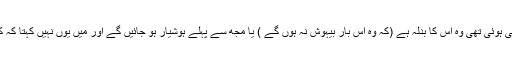
اب معلوم نہیں کہ طُور پہاڑ پر جو ان کو بیہوشی ہوئی تھی وہ اس کا بدلہ ہے (کہ وہ اس بار بیہوش نہ ہوں گے ) یا مجھ سے پہلے ہوشیار ہو جائیں گے اور میں یوں نہیں کہتا کہ کوئی پیغمبر سیدنا یونس بن متیؑ سے افضل ہے۔